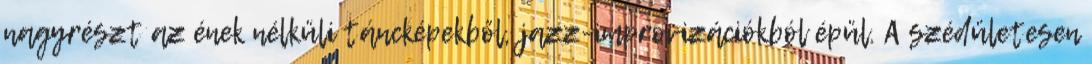
nagyrészt az ének nélküli táncképekből, jazz-improvizációkból épül. A szédületesen